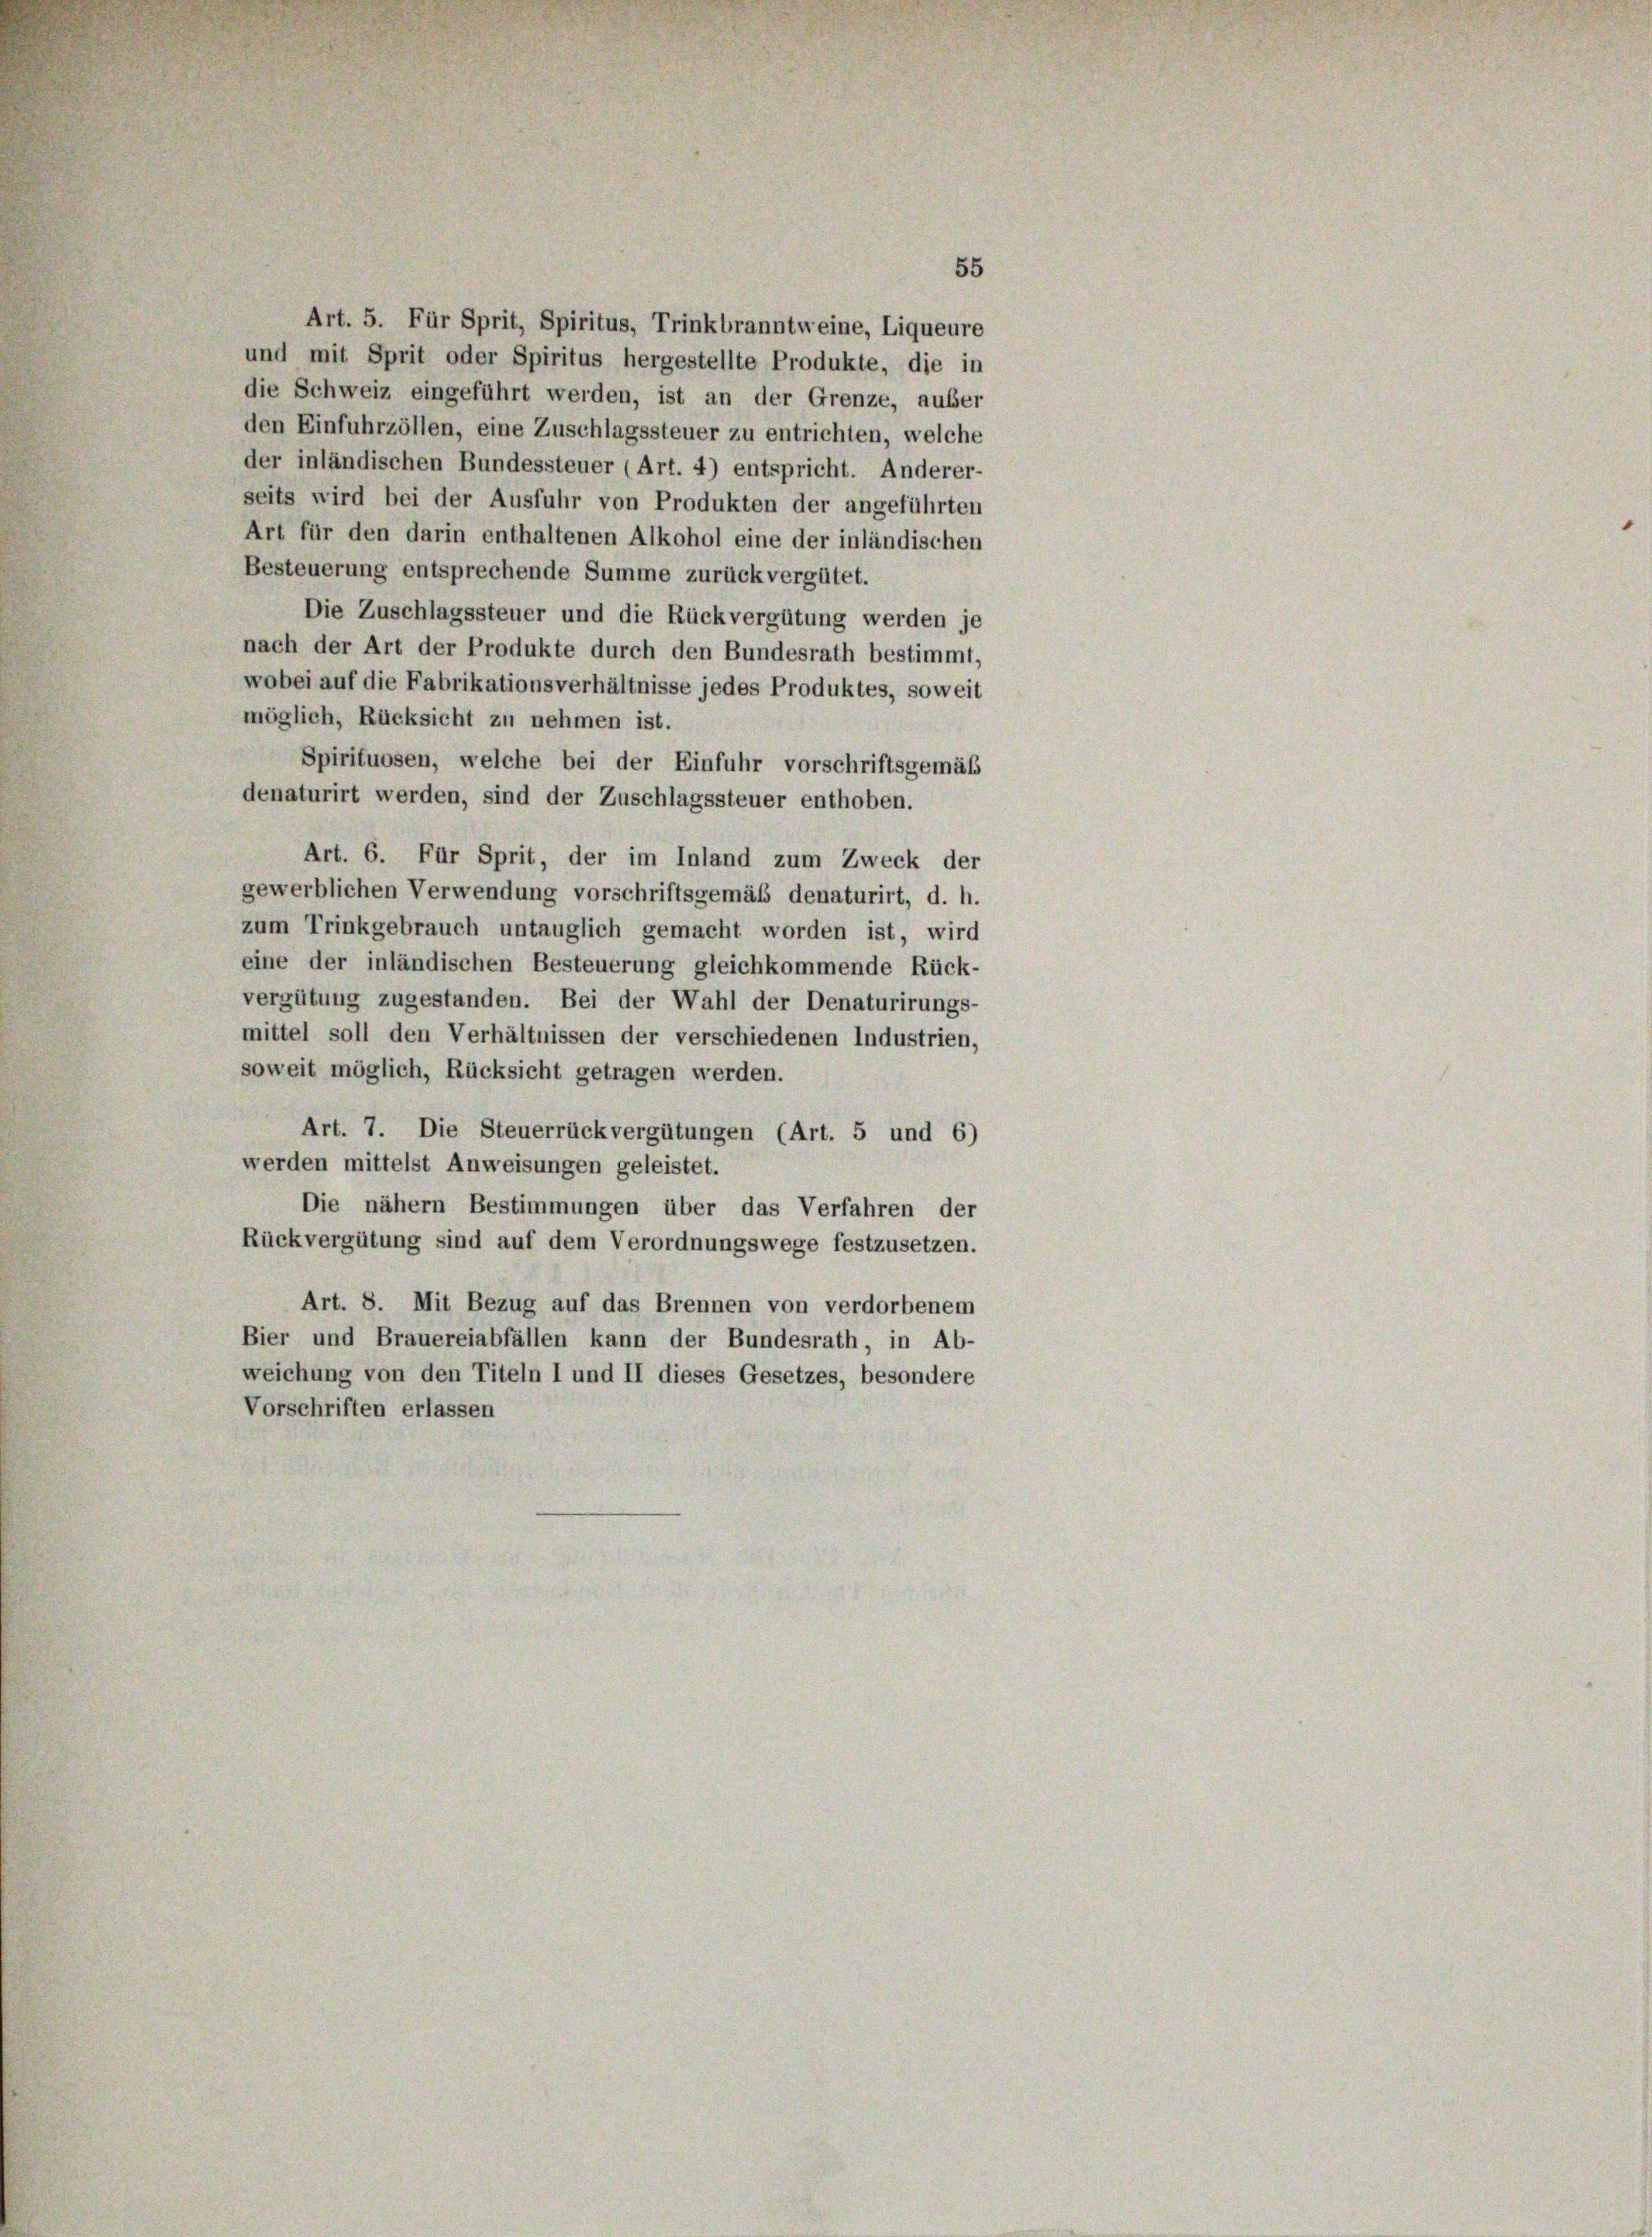
55
Art. 5. Für Sprit, Spiritus, Trinkbranntweine, Liqueure
und mit Sprit oder Spiritus hergestellte Produkte, die in
die Schweiz eingeführt werden, ist an der Grenze, außer
den Einfuhrzöllen, eine Zuschlagssteuer zu entrichten, welche
der inländischen Bundessteuer (Art. 4) entspricht. Anderer-
seits wird bei der Ausfuhr von Produkten der angeführten
Art für den darin enthaltenen Alkohol eine der inländischen
Besteuerung entsprechende Summe zurückvergütet.
Die Zuschlagssteuer und die Rückvergütung werden je
nach der Art der Produkte durch den Bundesrath bestimmt,
wobei auf die Fabrikationsverhältnisse jedes Produktes, soweit
möglich, Rücksicht zu nehmen ist.
Spirituosen, welche bei der Einfuhr vorschriftsgemäß
denaturirt werden, sind der Zuschlagssteuer enthoben.
Art. 6. Für Sprit, der im Inland zum Zweck der
gewerblichen Verwendung vorschriftsgemäß denaturirt, d. h.
zum Trinkgebrauch untauglich gemacht worden ist, wird
eine der inländischen Besteuerung gleichkommende Rück-
vergütung zugestanden. Bei der Wahl der Denaturirungs-
mittel soll den Verhältnissen der verschiedenen Industrien,
soweit möglich, Rücksicht getragen werden.
Art. 7. Die Steuerrückvergütungen (Art. 5 und 6)
werden mittelst Anweisungen geleistet.
Die nähern Bestimmungen über das Verfahren der
Rückvergütung sind auf dem Verordnungswege festzusetzen.
Art. 8. Mit Bezug auf das Brennen von verdorbenem
Bier und Brauereiabfällen kann der Bundesrath, in Ab-
weichung von den Titeln I und II dieses Gesetzes, besondere
Vorschriften erlassen